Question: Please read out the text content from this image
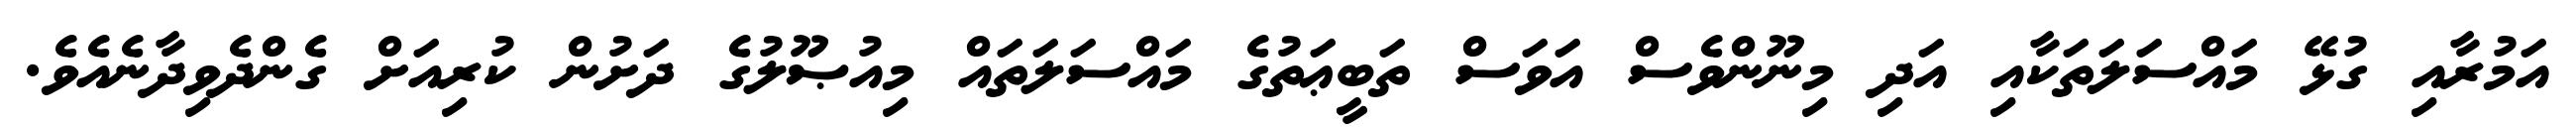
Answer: އަމުރާއި ގުޅޭ މައްސަލަތަކާއި އަދި މިނޫންވެސް އަވަސް ތަބީޢަތުގެ މައްސަލަތައް މިއުޞޫލުގެ ދަށުން ކުރިއަށް ގެންދެވިދާނެއެވެ.